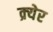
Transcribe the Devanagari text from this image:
क्र्येर